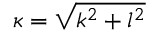
\kappa = \sqrt { k ^ { 2 } + l ^ { 2 } }